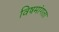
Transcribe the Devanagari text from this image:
विषमांगता